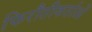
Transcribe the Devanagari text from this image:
फिरौतीकर्ताओं